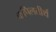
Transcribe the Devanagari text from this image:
कपिलतीर्थ